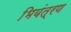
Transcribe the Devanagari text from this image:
भियंत्रण